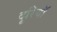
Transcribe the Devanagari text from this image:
दूरियॉ